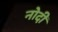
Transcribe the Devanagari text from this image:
नोदी